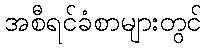
အစီရင်ခံစာများတွင်